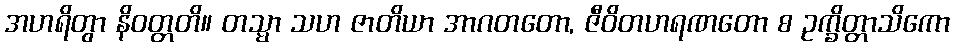
အဟရိတွာ နိဝတ္တတိ။ တသ္မာ သဟ ဇာတိယာ အာဂတတော, ဇီဝိတဟရဏတော စ ဥက္ခိတ္တာသိကော